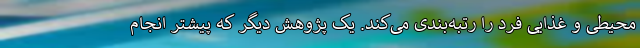
محیطی و غذایی فرد را رتبه‌بندی می‌کند. یک پژوهش دیگر که پیشتر انجام